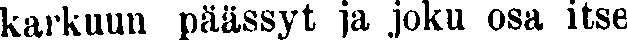
karkuun päässyt ja joku osa itse